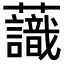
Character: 𧄹